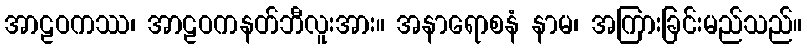
အာဠဝကဿ၊ အာဠဝကနတ်ဘီလူးအား။ အနာရောစနံ နာမ၊ အကြားခြင်းမည်သည်။